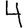
Digit: 4